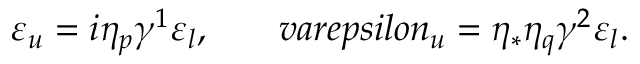
\varepsilon _ { u } = i \eta _ { p } \gamma ^ { 1 } \varepsilon _ { l } , \ \ \ \ \ \, v a r e p s i l o n _ { u } = \eta _ { * } \eta _ { q } \gamma ^ { 2 } \varepsilon _ { l } .